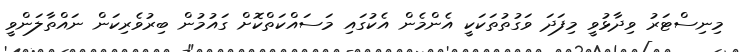
މިނިސްޓަރު ވިދާޅުވީ މިފަދަ ވަގުތުތަކަކީ އެންމެން އެކުގައި މަސައްކަތްކޮށް ގައުމުން ބިރުވެރިކަން ނައްތާލަންވީ